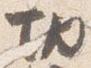
切